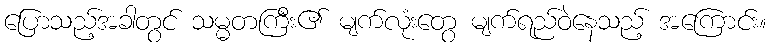
ပြောသည့်အခါတွင် သမ္မတကြီး၏ မျက်လုံးတွေ မျက်ရည်ဝဲနေသည့် အကြောင်း။